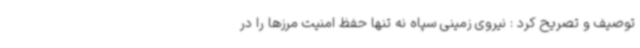
توصیف و تصریح کرد : نیروی زمینی سپاه نه تنها حفظ امنیت مرزها را در